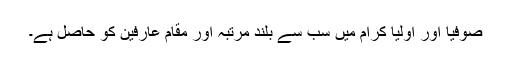
صوفیا اور اولیا کرام میں سب سے بلند مرتبہ اور مقام عارفین کو حاصل ہے۔